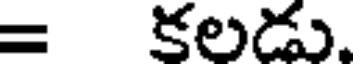
= కలడు.